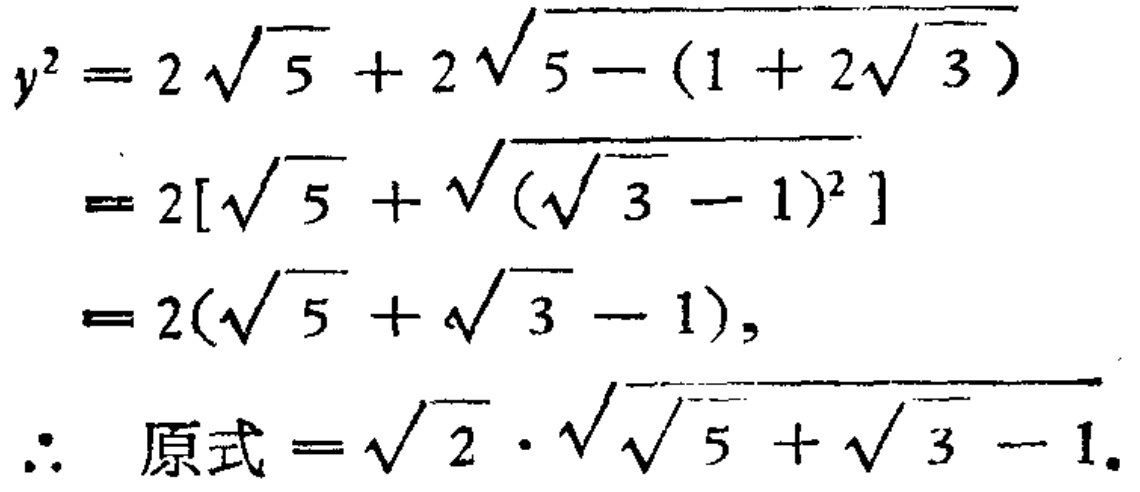
\[

\begin{align*}

y^{2}&=2\sqrt{5}+2\sqrt{5-(1 + 2\sqrt{3})}\\

&=2[\sqrt{5}+\sqrt{(\sqrt{3}-1)^{2}}]\\

&=2(\sqrt{5}+\sqrt{3}-1),\\

\therefore \text{原式}&=\sqrt{2}\cdot\sqrt{\sqrt{5}+\sqrt{3}-1}.

\end{align*}

\]